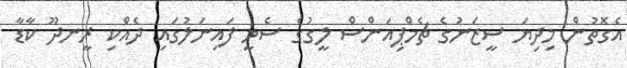
އެގޮތުން މިދިޔަ ސީޒަނުގެ ޗެމްޕިއަންސް ލީގުގެ ސެމީ ފައިނަލުގައި ދެއްކި ރީނދޫ ކާޑާ